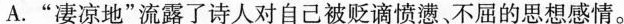
A.”凄凉地”流露了诗人对自己被贬谪愤懑、不屈的思想感情。